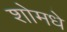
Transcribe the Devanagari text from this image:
शोमधे